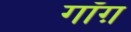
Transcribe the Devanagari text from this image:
गॉग़